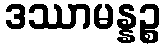
ဒဿာမန္နဉ္စ